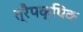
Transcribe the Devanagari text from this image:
त्रैपक्षिक